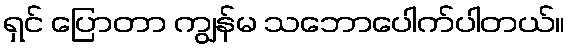
ရှင် ပြောတာ ကျွန်မ သဘောပေါက်ပါတယ်။